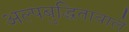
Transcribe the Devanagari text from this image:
अल्पबुद्धितावाले